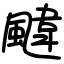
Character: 颹